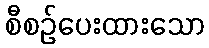
စီစဉ်ပေးထားသော